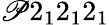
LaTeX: \mathscr{P}2_{1}2_{1}2_{1}